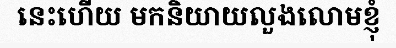
នេះហើយ មកនិយាយលួងលោមខ្ញុំ